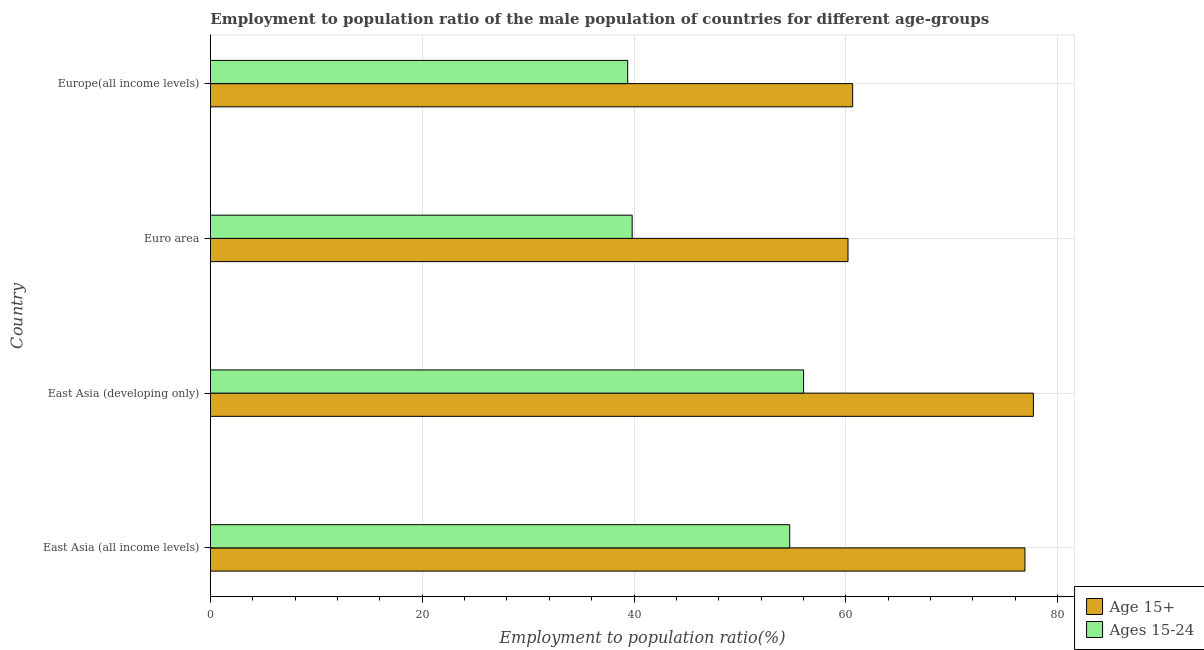
| Country | Age 15+ | Ages 15-24 |
 | --- | --- | --- |
 | East Asia (all income levels) | 76.9 | 54.7 |
 | East Asia (developing only) | 77.7 | 56 |
 | Euro area | 60.2 | 39.8 |
 | Europe(all income levels) | 60.6 | 39.4 |